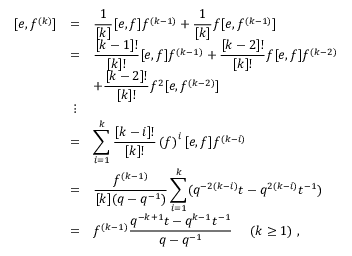
\begin{array} { r c l } { { [ e , f ^ { ( k ) } ] } } & { { = } } & { { \displaystyle \frac { 1 } { [ k ] } [ e , f ] f ^ { ( k - 1 ) } + \frac { 1 } { [ k ] } f [ e , f ^ { ( k - 1 ) } ] } } \\ { { } } & { { = } } & { { \displaystyle \frac { [ k - 1 ] ! } { [ k ] ! } [ e , f ] f ^ { ( k - 1 ) } + \frac { [ k - 2 ] ! } { [ k ] ! } f [ e , f ] f ^ { ( k - 2 ) } } } \\ { { } } & { { } } & { { \displaystyle + \frac { [ k - 2 ] ! } { [ k ] ! } f ^ { 2 } [ e , f ^ { ( k - 2 ) } ] } } \\ { { } } & { { \vdots } } & { { } } \\ { { } } & { { = } } & { { \displaystyle \sum _ { i = 1 } ^ { k } \frac { [ k - i ] ! } { [ k ] ! } \left( f \right) ^ { i } [ e , f ] f ^ { ( k - i ) } } } \\ { { } } & { { = } } & { { \displaystyle \frac { f ^ { ( k - 1 ) } } { [ k ] ( q - q ^ { - 1 } ) } \sum _ { i = 1 } ^ { k } ( q ^ { - 2 ( k - i ) } t - q ^ { 2 ( k - i ) } t ^ { - 1 } ) } } \\ { { } } & { { = } } & { { f ^ { ( k - 1 ) } \displaystyle \frac { q ^ { - k + 1 } t - q ^ { k - 1 } t ^ { - 1 } } { q - q ^ { - 1 } } ~ ~ ~ ~ ( k \geq 1 ) ~ , } } \end{array}